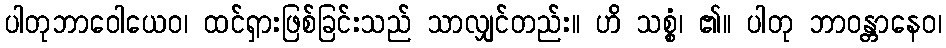
ပါတုဘာဝေါယေဝ၊ ထင်ရှားဖြစ်ခြင်းသည် သာလျှင်တည်း။ ဟိ သစ္စံ၊ ၏။ ပါတု ဘာဝန္တာနေဝ၊